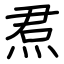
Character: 焄